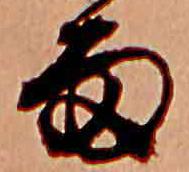
雨